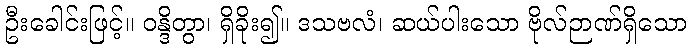
ဦးခေါင်းဖြင့်။ ဝန္ဒိတွာ၊ ရှိခိုး၍။ ဒသဗလံ၊ ဆယ်ပါးသော ဗိုလ်ဉာဏ်ရှိသော